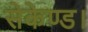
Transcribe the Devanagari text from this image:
सेकेण्ड।